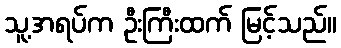
သူ့အရပ်က ဦးကြီးထက် မြင့်သည်။